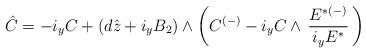
\begin{align*}\hat{C} = - i_y C + (d\hat{z}+ i_yB_2)\wedge \left(C^{(-)}- i_y C \wedge \, {{E}^{ {*}(-)}\over i_{y}{E}^{ {*}}}\, \right)\,\end{align*}